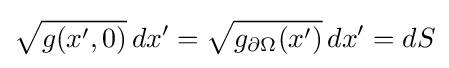
{\sqrt {g(x',0)}}\,dx'={\sqrt {g_{\partial \Omega }(x')}}\,dx'=dS